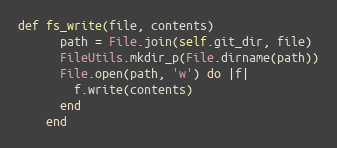
Language: Ruby
def fs_write(file, contents)
      path = File.join(self.git_dir, file)
      FileUtils.mkdir_p(File.dirname(path))
      File.open(path, 'w') do |f|
        f.write(contents)
      end
    end